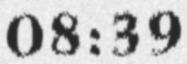
08:39